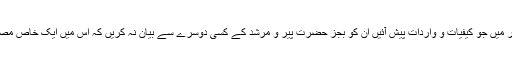
دوران ذکر میں جو کیفیات و واردات پیش آئیں ان کو بجز حضرت پیر و مرشد کے کسی دوسرے سے بیان نہ کریں کہ اس میں ایک خاص مصلحت ہے۔